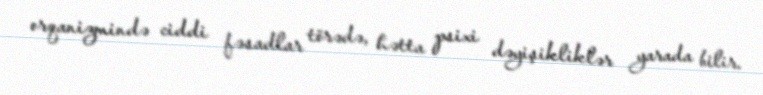
orqanizmində ciddi fəsadlar törədə, hətta psixi dəyişikliklər yarada bilir.